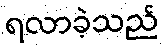
ရလာခဲ့သည်